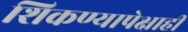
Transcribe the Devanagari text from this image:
शिकण्यापेक्षाही